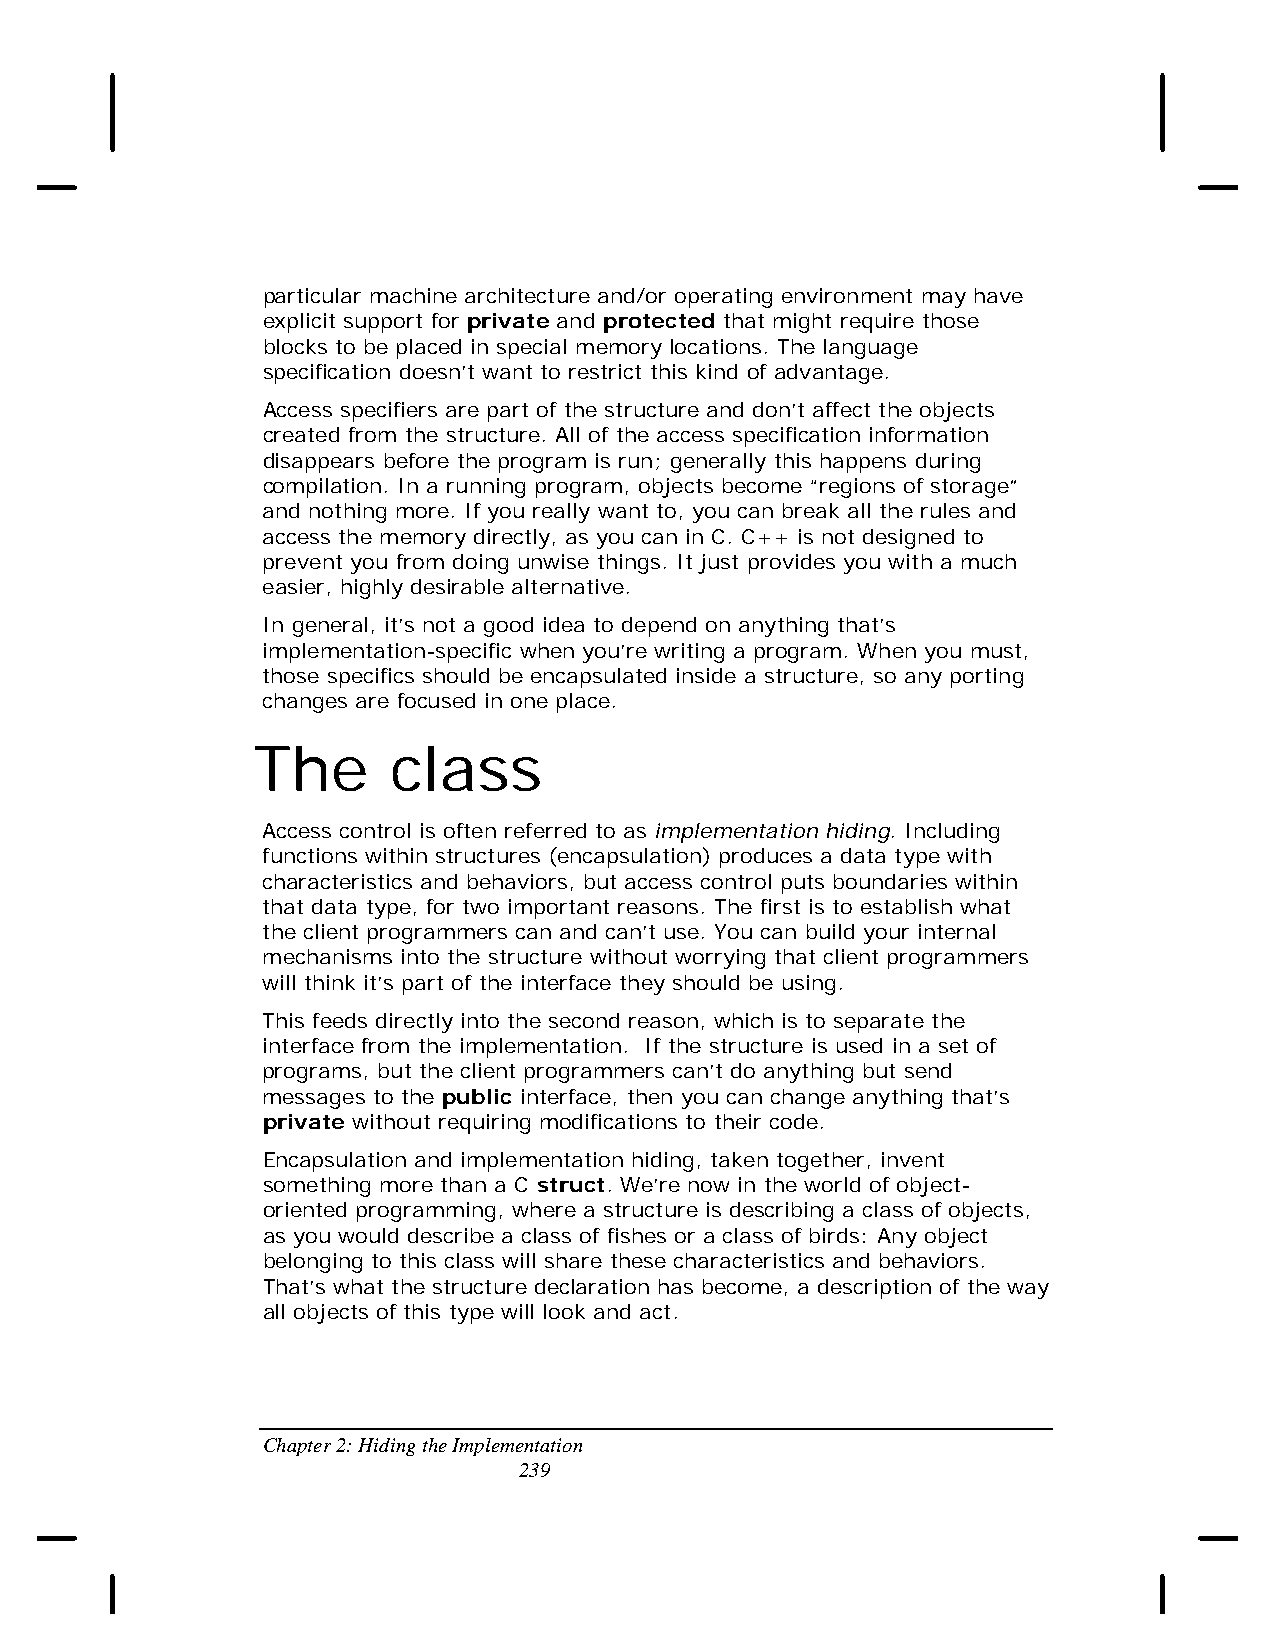
particular machine architecture and/or operating environment may have
 explicit support for private and protected that might require those
 blocks to be placed in special memory locations. The language
 specification doesn’t want to restrict this kind of advantage.
 Access specifiers are part of the structure and don’t affect the objects
 created from the structure. All of the access specification information
 disappears before the program is run; generally this happens during
 compilation. In a running program, objects become “regions of storage”
 and nothing more. If you really want to, you can break all the rules and
 access the memory directly, as you can in C. C++ is not designed to
 prevent you from doing unwise things. It just provides you with a much
 easier, highly desirable alternative.
 In general, it’s not a good idea to depend on anything that’s
 implementation-specific when you’re writing a program. When you must,
 those specifics should be encapsulated inside a structure, so any porting
 changes are focused in one place.
 The      class
 Access control is often referred to as implementation hiding. Including
 functions within structures (encapsulation) produces a data type with
 characteristics and behaviors, but access control puts boundaries within
 that data type, for two important reasons. The first is to establish what
 the client programmers can and can’t use. You can build your internal
 mechanisms into the structure without worrying that client programmers
 will think it’s part of the interface they should be using.
 This feeds directly into the second reason, which is to separate the
 interface from the implementation. If the structure is used in a set of
 programs, but the client programmers can’t do anything but send
 messages to the public interface, then you can change anything that’s
 private without requiring modifications to their code.
 Encapsulation and implementation hiding, taken together, invent
 something more than a C struct. We’re now in the world of object-
 oriented programming, where a structure is describing a class of objects,
 as you would describe a class of fishes or a class of birds: Any object
 belonging to this class will share these characteristics and behaviors.
 That’s what the structure declaration has become, a description of the way
 all objects of this type will look and act.
 Chapter 2: Hiding the Implementation
 239